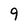
Character: 9